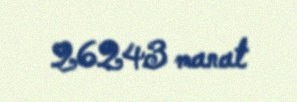
26243 manat